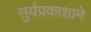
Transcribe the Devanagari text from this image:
सुर्यप्रकाशाने